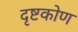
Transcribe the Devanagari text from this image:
दृष्टकोण